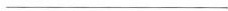
___